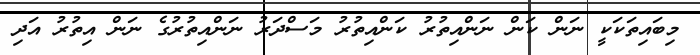
މިބައިތަކަކީ ނަން ކަން ނަންއިތުރު ކަންއިތުރު މަސްދަރު ނަންއިތުރުގެ ނަން އިތުރު އަދި